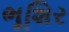
ભૂશિર